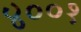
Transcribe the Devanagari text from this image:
४००१